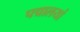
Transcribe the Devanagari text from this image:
पद्मालयां